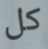
كل